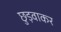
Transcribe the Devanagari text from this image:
छुड़वाकर